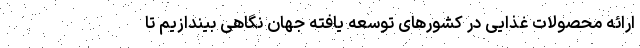
ارائه محصولات غذایی در کشورهای توسعه یافته جهان نگاهی بیندازیم تا